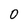
Character: 0